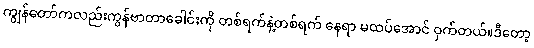
ကျွန်တော်ကလည်းကွန်ဗာတာခေါင်းကို တစ်ရက်နဲ့တစ်ရက် နေရာ မထပ်အောင် ဝှက်တယ်။ဒီတော့